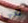
في